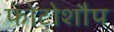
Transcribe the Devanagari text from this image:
फोटोशौप